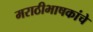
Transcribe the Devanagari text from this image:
मराठीभाषकांचे